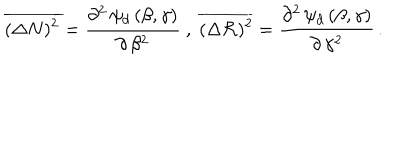
\overline { { { ( \Delta N ) ^ { 2 } } } } = \frac { \partial ^ { 2 } \, \psi _ { d } \, ( \beta , \gamma ) } { \partial \, \beta ^ { 2 } } \ , \ \overline { { { ( \Delta { \cal R } ) ^ { 2 } } } } = \frac { \partial ^ { 2 } \, \psi _ { d } \, ( \beta , \gamma ) } { \partial \, \gamma ^ { 2 } } \, .